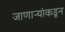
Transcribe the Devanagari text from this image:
जाणाऱ्यांकडून